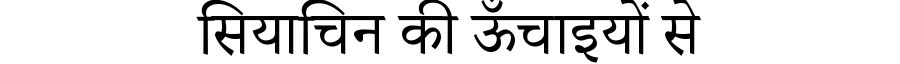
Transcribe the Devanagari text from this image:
सियाचिन की ऊँचाइयों से